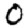
Digit: 0